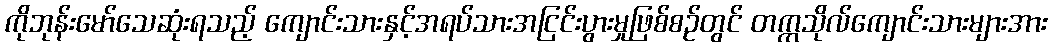
ကိုဘုန်းမော်သေဆုံးရသည့် ကျောင်းသားနှင့်အရပ်သားအငြင်းပွားမှုဖြစ်စဉ်တွင် တက္ကသိုလ်ကျောင်းသားများအား